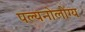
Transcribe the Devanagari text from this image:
पल्यनोलोग्य